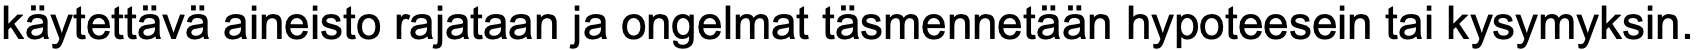
käytettävä aineisto rajataan ja ongelmat täsmennetään hypoteesein tai kysymyksin.